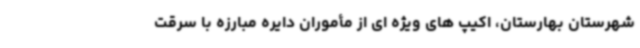
شهرستان بهارستان، اکیپ های ویژه ای از مأموران دایره مبارزه با سرقت